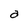
Character: a